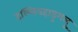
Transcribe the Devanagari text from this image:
हल्लियहाडुगलु